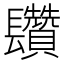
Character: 𨳄